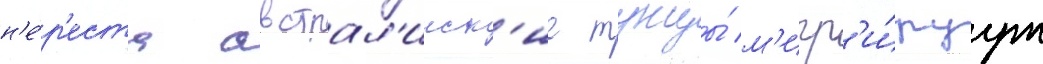
н'е́р'еста австрал'ииск'ие тунцы́ м'игр'и́руут